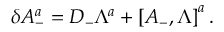
\delta A _ { - } ^ { a } = D _ { - } \Lambda ^ { a } + \left[ A _ { - } , \Lambda \right] ^ { a } .